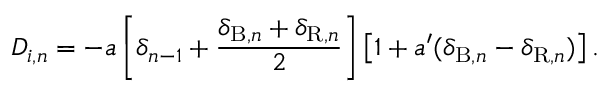
D _ { i , n } = - a \left[ \delta _ { n - 1 } + \frac { \delta _ { \mathrm { B } , n } + \delta _ { \mathrm { R } , n } } { 2 } \right] \left[ 1 + a ^ { \prime } ( \delta _ { \mathrm { B } , n } - \delta _ { \mathrm { R } , n } ) \right] .